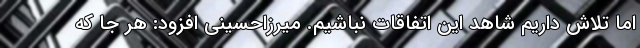
اما تلاش داریم شاهد این اتفاقات نباشیم. میرزاحسینی افزود: هر جا که